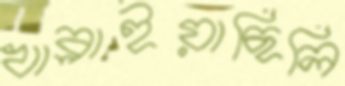
খাব্‌লাইয়াছিলি